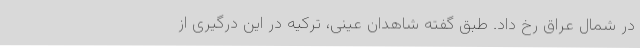
در شمال عراق رخ داد. طبق گفته شاهدان عینی، ترکیه در این درگیری از